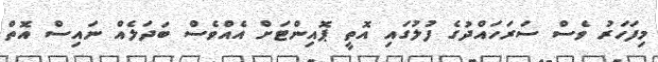
މިފަހަރު ވެސް ސަރަހައްދުގެ ފުލުގައި އޮތީ ޕޮއިންޓަށް އެއްވެސް ބަދަލެއް ނައިސް އޮތް